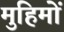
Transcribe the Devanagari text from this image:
मुहिमों